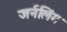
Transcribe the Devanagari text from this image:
जर्नलिंग